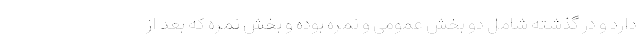
دارد و در گذشته شامل دو بخش عمومی و نمره بوده و بخش نمره که بعد از